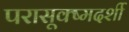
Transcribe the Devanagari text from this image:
परासूक्ष्मदर्शी